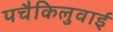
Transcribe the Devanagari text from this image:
पचैकिलुवाई